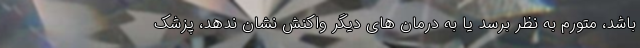
باشد، متورم به نظر برسد یا به درمان های دیگر واکنش نشان ندهد، پزشک